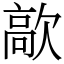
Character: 歊